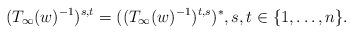
LaTeX: \begin{align*}(T_{\infty}(w)^{-1})^{s,t} = ((T_{\infty}(w)^{-1})^{t,s})^*, s, t \in \{1,\dots,n\}.\end{align*}